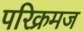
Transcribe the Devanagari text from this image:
परिक्रमज